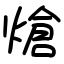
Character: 熗